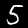
Digit: 5